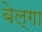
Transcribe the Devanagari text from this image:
बेल्गा